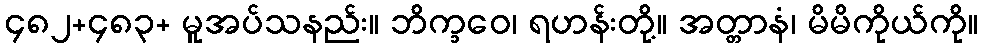
၄၈၂+၄၈၃+ မူအပ်သနည်း။ ဘိက္ခဝေ၊ ရဟန်းတို့။ အတ္တာနံ၊ မိမိကိုယ်ကို။